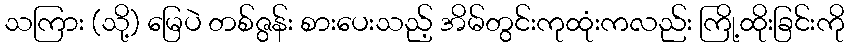
သကြား (သို့) မြေပဲ တစ်ဇွန်း စားပေးသည့် အိမ်တွင်းကုထုံးကလည်း ကြို့ထိုးခြင်းကို